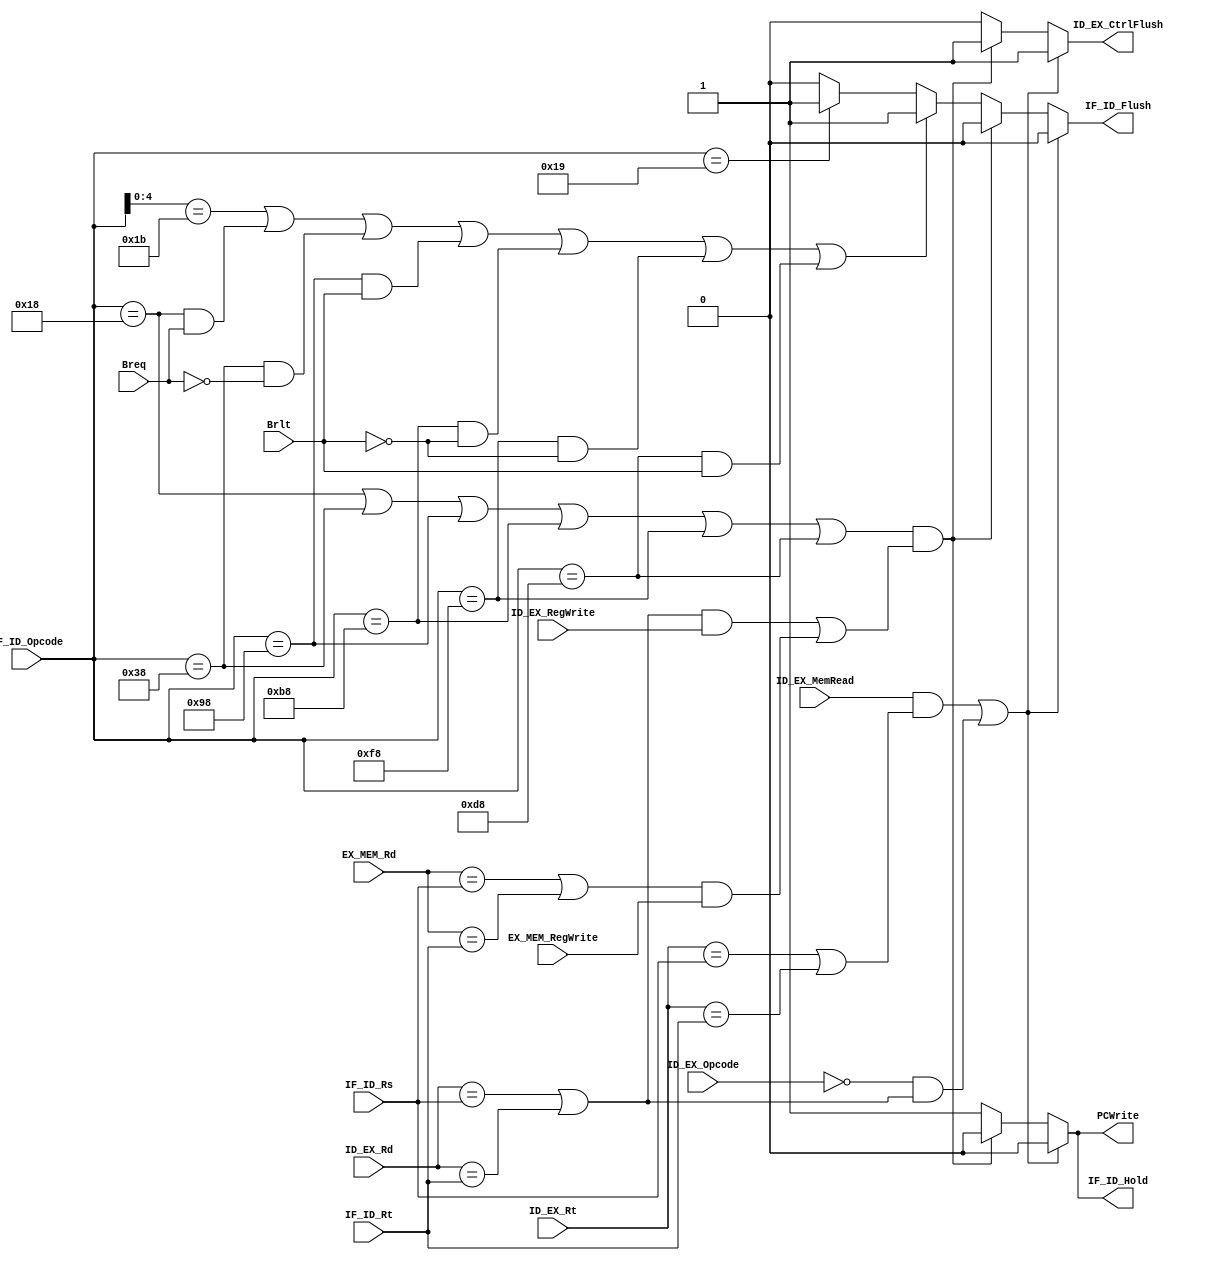
module hazardDetectionUnit_r0 (
	input [7:0] IF_ID_Opcode,
	input [4:0] IF_ID_Rs,
	input [4:0] IF_ID_Rt,
	input ID_EX_MemRead,
	input [4:0] ID_EX_Rt,
	input Breq,
	input Brlt,
	input [4:0] ID_EX_Rd,
	input [4:0] EX_MEM_Rd,
	input ID_EX_RegWrite,
	input EX_MEM_RegWrite,
	output reg PCWrite,
	output reg ID_EX_CtrlFlush,
	output reg IF_ID_Flush,
	output reg IF_ID_Hold,
	input [4:0] ID_EX_Opcode
);

wire temp1,temp3;
reg temp2;
 parameter jal		= 5'b11011;
 parameter jalr	= 8'b000_11001;
 parameter beq		= 8'b000_11000;
 parameter bne		= 8'b001_11000;
 parameter blt = 8'b100_11000;
 parameter bge = 8'b101_11000;
 parameter bgeu = 8'b111_11000;
 parameter bltu = 8'b110_11000;
 parameter load = 5'b00000;
 assign  temp1 = Breq && 1;
 initial 
 begin
 	PCWrite <= 1'b1;
 	ID_EX_CtrlFlush <= 1'b0;
 	IF_ID_Flush <= 1'b0;
 	IF_ID_Hold <= 1'b1; 
 end
	always @(IF_ID_Opcode, IF_ID_Rs, IF_ID_Rt, ID_EX_MemRead, ID_EX_Rt, ID_EX_Rd, EX_MEM_Rd,Breq,Brlt, ID_EX_RegWrite, EX_MEM_RegWrite) begin
	temp2 <= Breq && 1;
		if(((ID_EX_MemRead == 1'b1) && ((ID_EX_Rt == IF_ID_Rs) || (ID_EX_Rt == IF_ID_Rt))) || ((ID_EX_Opcode == load)&&((ID_EX_Rd == IF_ID_Rs)||(ID_EX_Rd == IF_ID_Rt)))) begin
			PCWrite <= 1'b0; // 
			ID_EX_CtrlFlush <= 1'b1;//control signals = 0
			IF_ID_Flush <= 1'b0;// erase 
			IF_ID_Hold <= 1'b0;
		end else if(((IF_ID_Opcode == beq) || (IF_ID_Opcode == bne)||(IF_ID_Opcode == blt)||(IF_ID_Opcode == bge)||(IF_ID_Opcode == bgeu)||(IF_ID_Opcode == bltu)) 
		&& (((ID_EX_Rd == IF_ID_Rs || ID_EX_Rd == IF_ID_Rt) && (ID_EX_RegWrite == 1'b1)) || ((EX_MEM_Rd == IF_ID_Rs || EX_MEM_Rd == IF_ID_Rt) && (EX_MEM_RegWrite == 1'b1)))) begin
			PCWrite <= 1'b0;
			ID_EX_CtrlFlush <= 1'b1;
			IF_ID_Flush <= 1'b0;
			IF_ID_Hold <= 1'b0;
		end else if((IF_ID_Opcode[4:0] == jal) || ((IF_ID_Opcode == beq) && (Breq == 1'b1)) || ((IF_ID_Opcode == bne) && (Breq == 1'b0))
			||(IF_ID_Opcode == blt && (Brlt == 1'b1))|| (IF_ID_Opcode == bge && (Brlt == 1'b0))||(IF_ID_Opcode == bgeu && (Brlt == 1'b0))
			|| (IF_ID_Opcode == bltu && (Brlt == 1'b1))) begin
			PCWrite <= 1'b1;
			ID_EX_CtrlFlush <= 1'b0;
			IF_ID_Flush <= 1'b1;
			IF_ID_Hold <= 1'b1;
		end else if(IF_ID_Opcode == jalr) begin
			PCWrite <= 1'b1;
			ID_EX_CtrlFlush <= 1'b0;
			IF_ID_Flush <= 1'b1;
			IF_ID_Hold <= 1'b1;
		end else begin
			PCWrite <= 1'b1;
			ID_EX_CtrlFlush <= 1'b0;
			IF_ID_Flush <= 1'b0;
			IF_ID_Hold <= 1'b1;
		end
	end	
endmodule